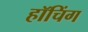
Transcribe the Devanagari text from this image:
हॉचिंग